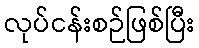
လုပ်ငန်းစဉ်ဖြစ်ပြီး